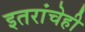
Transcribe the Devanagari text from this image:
इतरांचेही